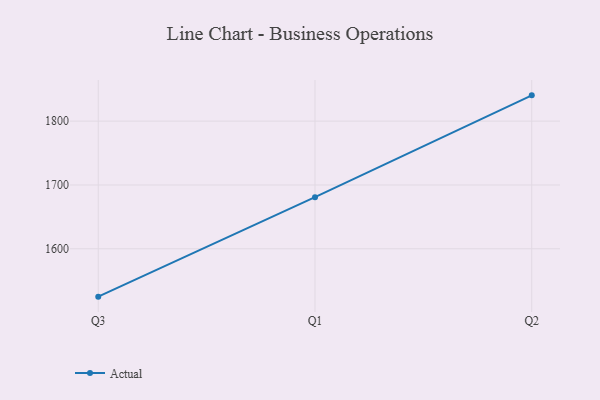
{"axis": {"x": "Quarter", "y": "Net Income (USD K)"}, "legend": ["Actual"], "data": [{"x": "Q3", "y": 1525.0, "type": "Actual"}, {"x": "Q1", "y": 1680.8, "type": "Actual"}, {"x": "Q2", "y": 1840.4, "type": "Actual"}]}